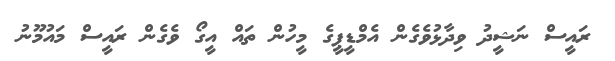
ރައީސް ނަޝީދު ވިދާޅުވެގެން އެމްޑީޕީގެ މީހުން ތައް އީގޯ ވެެގެން ރައީސް މައުމޫނު